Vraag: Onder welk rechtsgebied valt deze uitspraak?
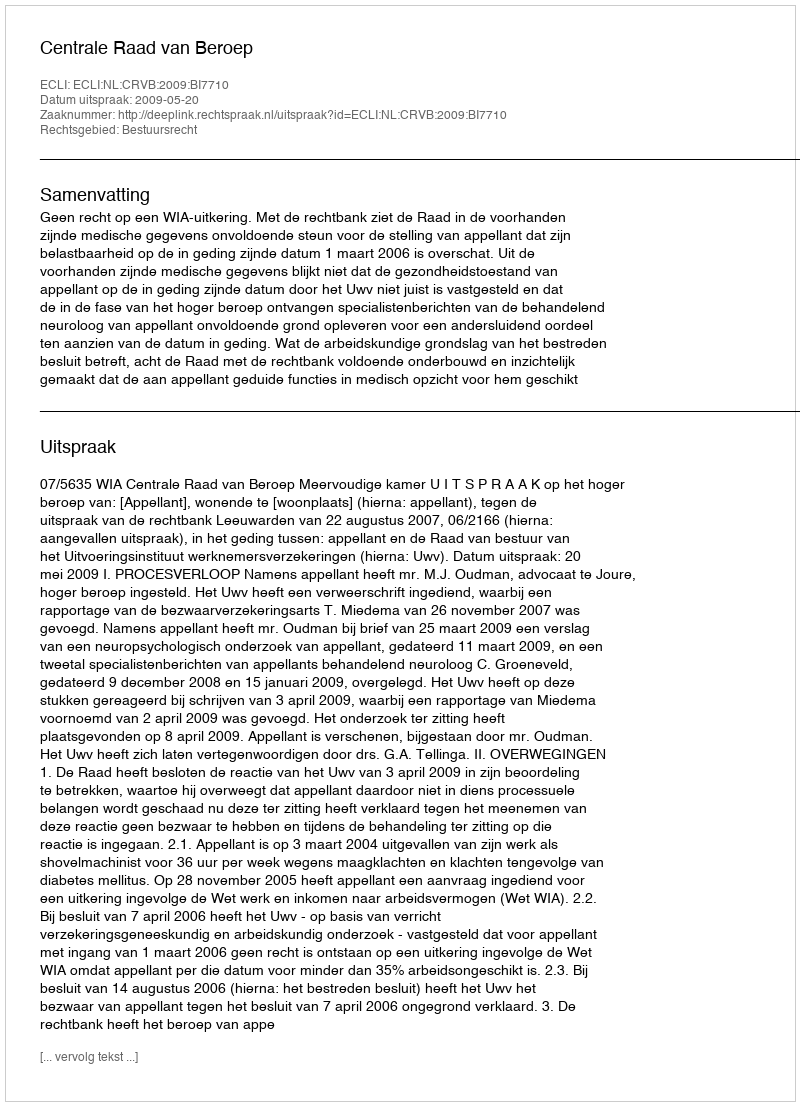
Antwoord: Bestuursrecht